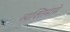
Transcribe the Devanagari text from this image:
व्यक्तिमामे